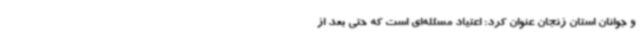
و جوانان استان زنجان عنوان کرد: اعتیاد مسئله‌ای است که حتی بعد از